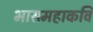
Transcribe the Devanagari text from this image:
भासमहाकवि